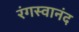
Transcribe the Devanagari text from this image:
रंगस्वानंद